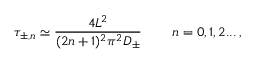
\tau _ { \pm , n } \simeq \frac { 4 L ^ { 2 } } { ( 2 n + 1 ) ^ { 2 } \pi ^ { 2 } D _ { \pm } } \, \quad \quad n = 0 , 1 , 2 . . . \, ,